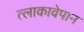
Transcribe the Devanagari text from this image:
त्लाकावेपान